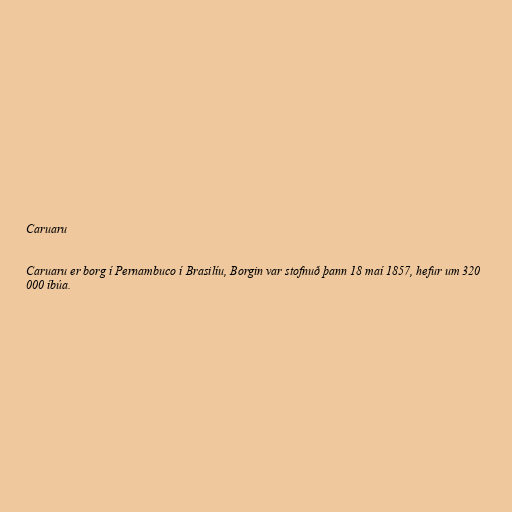
Caruaru

Caruaru er borg í Pernambuco í Brasilíu, Borgin var stofnuð þann 18 maí 1857, hefur um 320
000 íbúa.